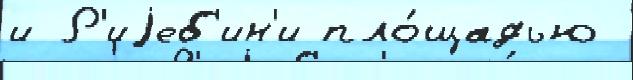
и Р'иjеб'ин'и пло́щадью